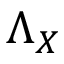
\Lambda _ { X }